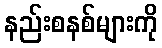
နည်းစနစ်များကို